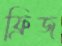
ফ্রিজ